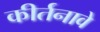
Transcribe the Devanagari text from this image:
कीर्तनावे